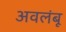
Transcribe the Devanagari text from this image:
अवलंबू